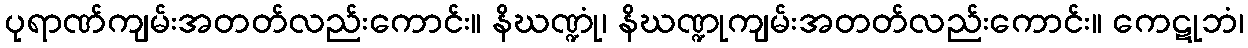
ပုရာဏ်ကျမ်းအတတ်လည်းကောင်း။ နိဃဏ္ဍုံ၊ နိဃဏ္ဍုကျမ်းအတတ်လည်းကောင်း။ ကေဋုဘံ၊